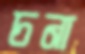
চনা